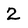
Character: 2